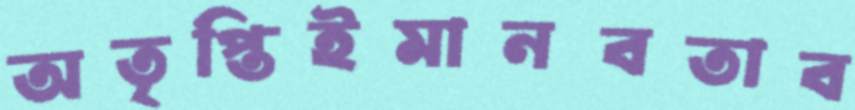
অতৃপ্তিইমানবতাব